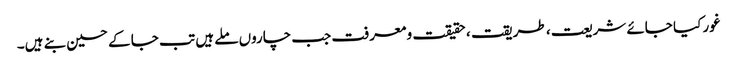
غور کیا جائے شریعت ، طریقت ، حقیقت و معرفت جب چاروں ملے ہیں تب جا کے حسین بنے ہیں۔